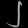
Digit: ၂